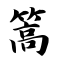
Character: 篙